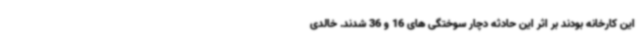
این کارخانه بودند بر اثر این حادثه دچار سوختگی های 16 و 36 شدند. خالدی